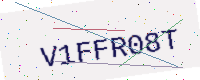
Text: V1FFR08T